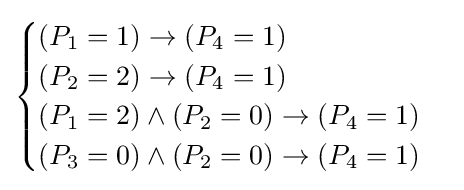
{\begin{cases}(P_{1}=1)\to (P_{4}=1)\\(P_{2}=2)\to (P_{4}=1)\\(P_{1}=2)\land (P_{2}=0)\to (P_{4}=1)\\(P_{3}=0)\land (P_{2}=0)\to (P_{4}=1)\end{cases}}